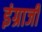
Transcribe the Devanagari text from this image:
इंग्राजी